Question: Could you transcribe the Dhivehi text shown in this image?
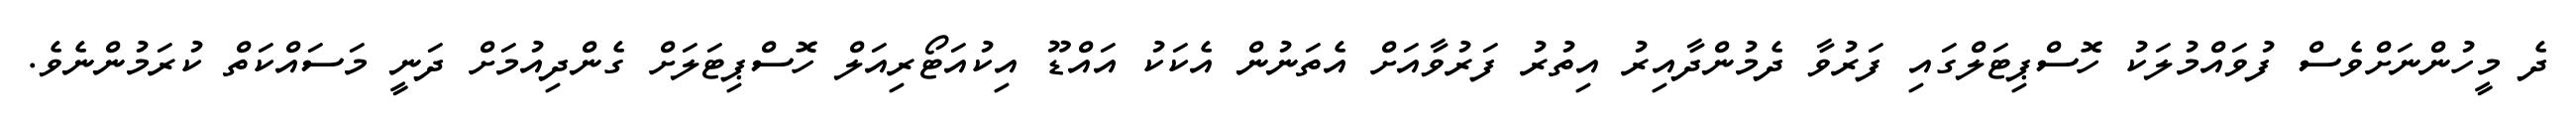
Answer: ދެ މީހުންނަށްވެސް ފުވައްމުލަކު ހޮސްޕިޓަލްގައި ފަރުވާ ދެމުންދާއިރު އިތުރު ފަރުވާއަށް އެތަނުން އެކަކު އައްޑޫ އިކުއަޓޯރިއަލް ހޮސްޕިޓަލަށް ގެންދިއުމަށް ދަނީ މަސައްކަތް ކުރަމުންނެވެ.